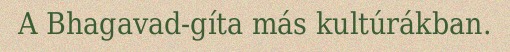
A Bhagavad-gíta más kultúrákban.